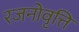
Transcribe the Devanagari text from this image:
रजनोवृत्ति